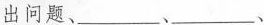
出问题、___、___、